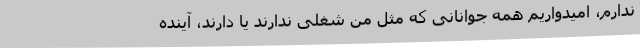
ندارم، امیدواریم همه جوانانی که مثل من شغلی ندارند یا دارند، آینده